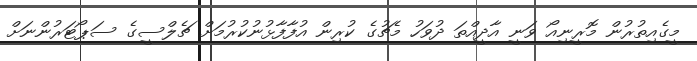
މީގެއިތުރުން މޮރީނިއޯ ވަނީ އާދީއްތަ ދުވަހު މެޗުގެ ކުރިން އުފާފާޅުނުކުރުމަށް ޗެލްސީގެ ސަޕޯޓަރުންނަށް